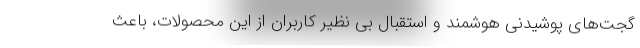
گجت‌های پوشیدنی هوشمند و استقبال بی نظیر کاربران از این محصولات، باعث